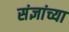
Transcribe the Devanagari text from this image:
संज्ञांच्या